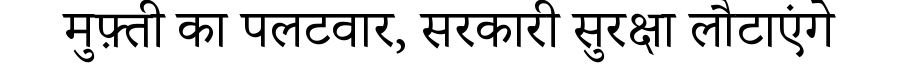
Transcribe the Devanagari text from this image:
मुफ़्ती का पलटवार, सरकारी सुरक्षा लौटाएंगे